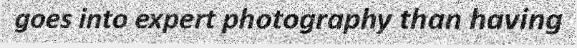
goes into expert photography than having